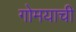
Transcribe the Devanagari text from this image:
गोमयाची